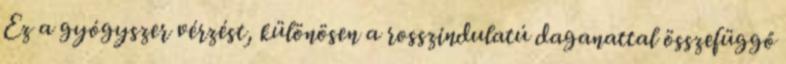
Ez a gyógyszer vérzést, különösen a rosszindulatú daganattal összefüggő